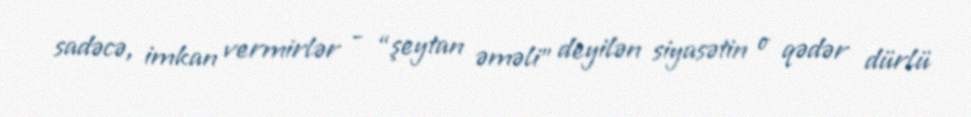
sadəcə, imkan vermirlər - “şeytan əməli” deyilən siyasətin o qədər dürlü